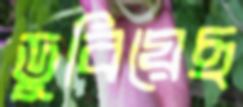
ডুবিয়েছ